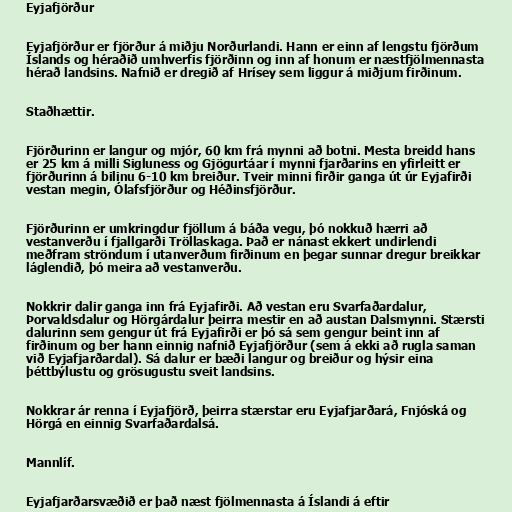
Eyjafjörður

Eyjafjörður er fjörður á miðju Norðurlandi. Hann er einn af lengstu fjörðum
Íslands og héraðið umhverfis fjörðinn og inn af honum er næstfjölmennasta
hérað landsins. Nafnið er dregið af Hrísey sem liggur á miðjum firðinum.

Staðhættir.

Fjörðurinn er langur og mjór, 60 km frá mynni að botni. Mesta breidd hans
er 25 km á milli Sigluness og Gjögurtáar í mynni fjarðarins en yfirleitt er
fjörðurinn á bilinu 6-10 km breiður. Tveir minni firðir ganga út úr Eyjafirði
vestan megin, Ólafsfjörður og Héðinsfjörður.

Fjörðurinn er umkringdur fjöllum á báða vegu, þó nokkuð hærri að
vestanverðu í fjallgarði Tröllaskaga. Það er nánast ekkert undirlendi
meðfram ströndum í utanverðum firðinum en þegar sunnar dregur breikkar
láglendið, þó meira að vestanverðu.

Nokkrir dalir ganga inn frá Eyjafirði. Að vestan eru Svarfaðardalur,
Þorvaldsdalur og Hörgárdalur þeirra mestir en að austan Dalsmynni. Stærsti
dalurinn sem gengur út frá Eyjafirði er þó sá sem gengur beint inn af
firðinum og ber hann einnig nafnið Eyjafjörður (sem á ekki að rugla saman
við Eyjafjarðardal). Sá dalur er bæði langur og breiður og hýsir eina
þéttbýlustu og grösugustu sveit landsins.

Nokkrar ár renna í Eyjafjörð, þeirra stærstar eru Eyjafjarðará, Fnjóská og
Hörgá en einnig Svarfaðardalsá.

Mannlíf.

Eyjafjarðarsvæðið er það næst fjölmennasta á Íslandi á eftir